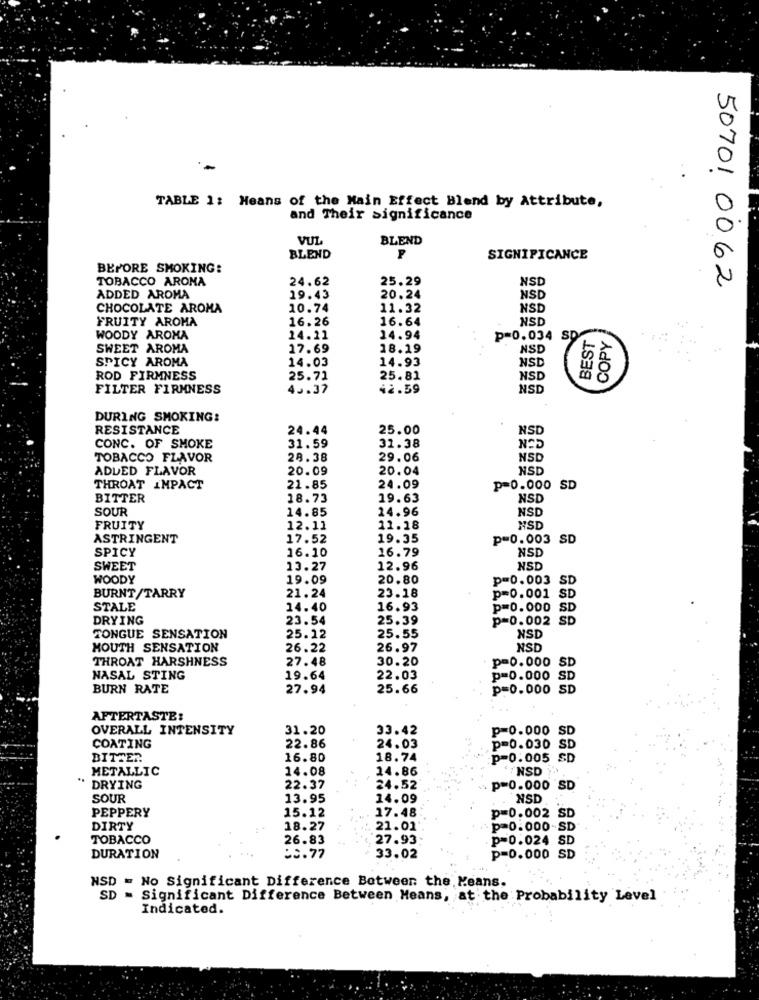
TABLE 1: Means of the Main Effect Blend by Attribute,
and Their significance
VUL
BLEND
BLEND
SIGNIFICANCE
BEFORE SMOKING:
TOBACCO ARONA
24.62
25.29
NSD
50701 0062
ADDED AROMA
19.43
20.24
NSD
CHOCOLATE AROMA
10.74
11.32
NSD
FRUITY AROMA
16.26
16.64
NSD
BEST
WOODY AROMA
14.21
14.94
p=0.034 SD
COPY
SWEET AROMA
17.69
18.19
NSD
SPICY AROMA
14.93
NSD
14.03
ROD FIRMNESS
25.71
25.81
NSD
FILTER FIRMNESS
45.37
42.59
NSD
DURING SMOKING:
RESISTANCE
24.44
25.00
NSD
31.59
CONC. OF SMOKE
31.38
TOBACCO FLAVOR
28.38
29.06
NSD
ADDED FLAVOR
20.09
20.04
NSD
THROAT IMPACT
21.85
24.09
p=0.000 SD
BITTER
18.73
19.63
NSD
SOUR
14.85
24.96
NSD
FRUITY
12.11
11.18
NSD
ASTRINGENT
17.52
19.35
p=0.003 SD
SPICY
16.10
16.79
NSD
SWEET
13.27
12.96
NSD
WOODY
19.09
20.80
p=0.003 SD
BURNT/TARRY
21.24
23.18
p=0.001 SD
STALE
14.40
16.93
p=0.000 SD
DRYING
23.54
25.39
p=0.002 SD
TONGUE SENSATION
25.12
25.55
NSD
MOUTH SENSATION
26.22
26.97
NSD
THROAT HARSHNESS
27.48
30.20
p=0.000 SD
NASAL STING
19.64
22.03
p=0.000 SD
BURN RATE
27.94
25.66
p=0.000 SD
AFTERTASTE:
OVERALL INTENSITY
31.20
33.42
p=0.000 SD
COATING
22.86
24.03
p=0.030 SD
BITTER
16.80
18.74
p=0.005 SD
METALLIC
14.08
14.86
NSD
" DRYING
22.37
24.52
p=0.000 SD
SOUR
13.95
14.09
NSD
PEPPERY
15.12
17.48
p=0.002 SD
DIRTY
18.27
21.01'
p=0.000-SD
TOBACCO
26.83
27.93
p=0.024 SD
DURATION
50.77
33.02
p=0.000 SD
NSD = No Significant Difference Between the Means.
SD = Significant Difference Between Means, at the Probability Level
Indicated.